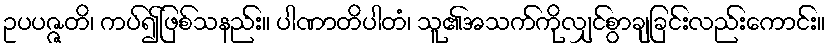
ဥပပဇ္ဇတိ၊ ကပ်၍ဖြစ်သနည်း။ ပါဏာတိပါတံ၊ သူ၏အသက်ကိုလျှင်စွာချခြင်းလည်းကောင်း။